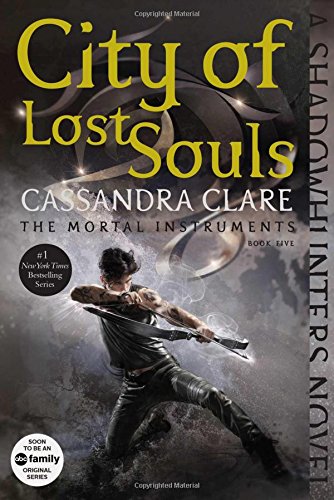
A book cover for City of Lost Souls (The Mortal Instruments); Cassandra Clare; Teen & Young Adult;